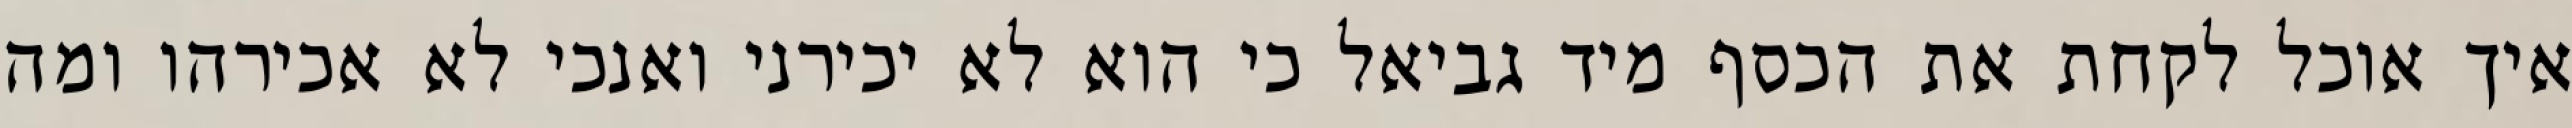
איך אוכל לקחת את הכסף מיד גביאל כי הוא לא יכירני ואנכי לא אכירהו ומה